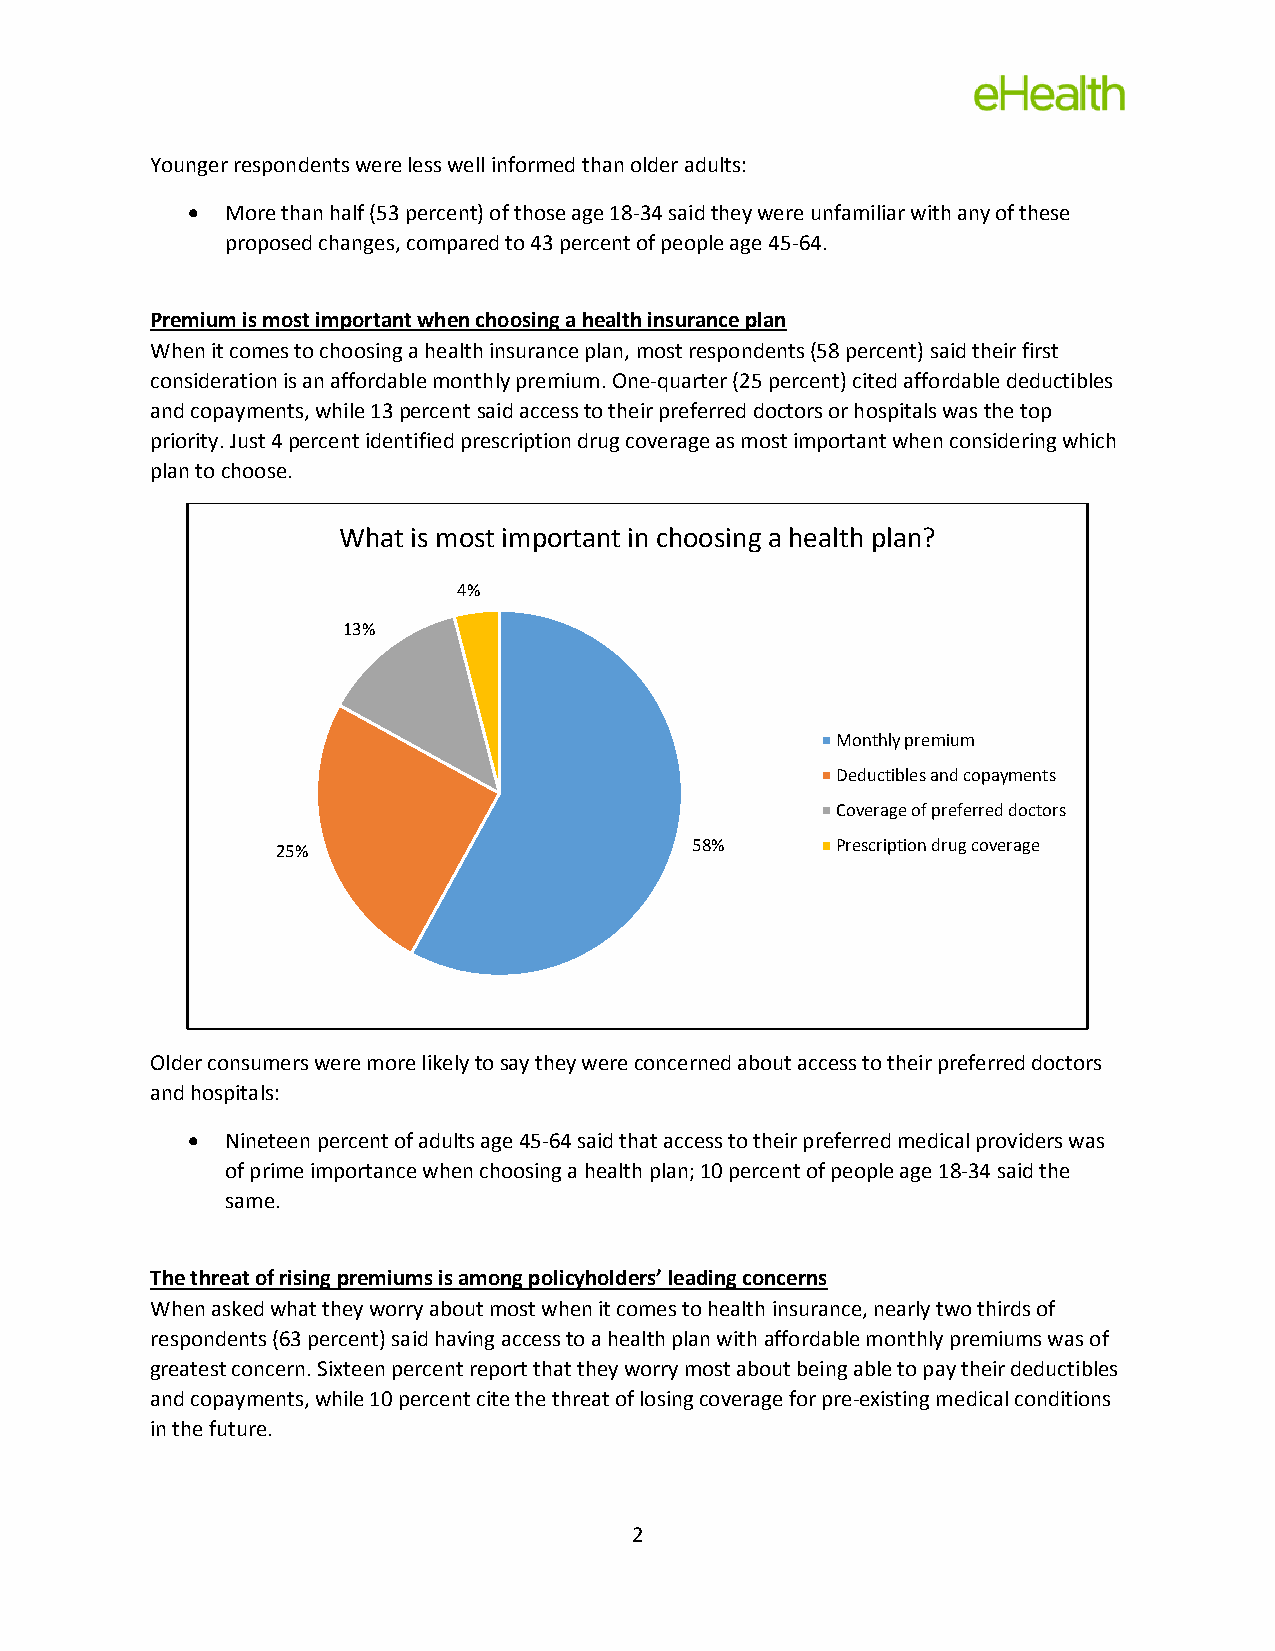
Younger respondents were less well informed than older adults:
   More than half (53 percent) of those age 18-34 said they were unfamiliar with any of these
 proposed changes, compared to 43 percent of people age 45-64.
 Premium is most important when choosing a health insurance plan
 When it comes to choosing a health insurance plan, most respondents (58 percent) said their first
 consideration is an affordable monthly premium. One-quarter (25 percent) cited affordable deductibles
 and copayments, while 13 percent said access to their preferred doctors or hospitals was the top
 priority. Just 4 percent identified prescription drug coverage as most important when considering which
 plan to choose.
 What is most important in choosing a health plan?
 4%
 13%
 Monthly premium
 Deductibles and copayments
 Coverage of preferred doctors
 25%                         58%      Prescription drug coverage
 Older consumers were more likely to say they were concerned about access to their preferred doctors
 and hospitals:
   Nineteen percent of adults age 45-64 said that access to their preferred medical providers was
 of prime importance when choosing a health plan; 10 percent of people age 18-34 said the
 same.
 The threat of rising premiums is among policyholders’ leading concerns
 When asked what they worry about most when it comes to health insurance, nearly two thirds of
 respondents (63 percent) said having access to a health plan with affordable monthly premiums was of
 greatest concern. Sixteen percent report that they worry most about being able to pay their deductibles
 and copayments, while 10 percent cite the threat of losing coverage for pre-existing medical conditions
 in the future.
 2